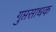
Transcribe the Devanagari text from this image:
गुप्तसाधक